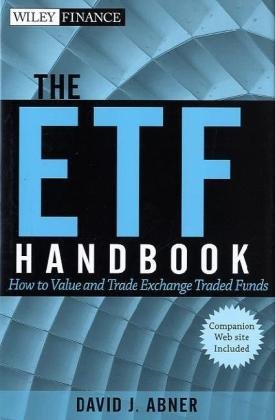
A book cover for The ETF Handbook, + website: How to Value and Trade Exchange Traded Funds; David J. Abner; Business & Money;